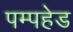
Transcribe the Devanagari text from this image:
पम्पहेड